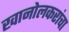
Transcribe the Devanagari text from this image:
खानोलकरांचा